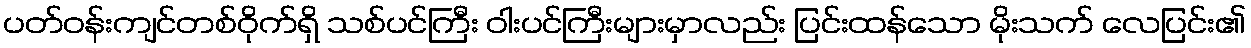
ပတ်ဝန်းကျင်တစ်ဝိုက်ရှိ သစ်ပင်ကြီး ဝါးပင်ကြီးများမှာလည်း ပြင်းထန်သော မိုးသက် လေပြင်း၏